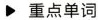
重点单词